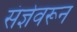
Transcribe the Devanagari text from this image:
संज्ञेवरून